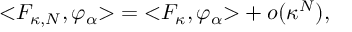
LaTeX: \mathopen < F _ { \kappa , N } , \varphi _ { \alpha } \mathclose > = \mathopen < F _ { \kappa } , \varphi _ { \alpha } \mathclose > + o ( \kappa ^ { N } ) ,